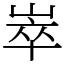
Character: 崒